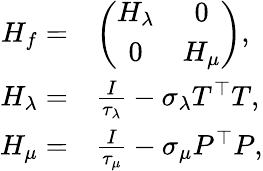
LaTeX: \begin{array}{rl}{H_{f}=}&{\left(\begin{array}{cc}{H_{\lambda}}&{0}\\ {0}&{H_{\mu}}\end{array}\right),}\\ {H_{\lambda}=}&{\frac{I}{\tau_{\lambda}}-\sigma_{\lambda}T^{\top}T,}\\ {H_{\mu}=}&{\frac{I}{\tau_{\mu}}-\sigma_{\mu}P^{\top}P,}\end{array}